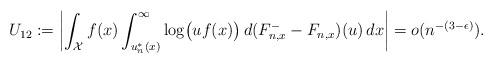
LaTeX: \begin{align*}U_{12} := \biggl|\int_{\mathcal{X}} f(x) \int_{u_n^*(x)}^\infty \log\bigl(uf(x)\bigr) \, d(F_{n,x}^- - F_{n,x})(u) \, dx\biggr| = o(n^{-(3-\epsilon)}).\end{align*}